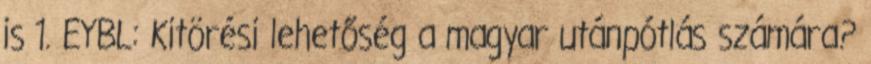
is 1. EYBL: Kitörési lehetőség a magyar utánpótlás számára?